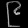
Digit: ၉